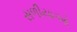
સળીયાઓ